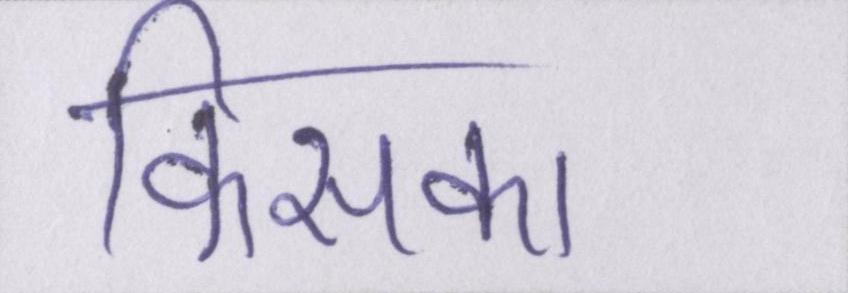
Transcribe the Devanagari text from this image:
किसका